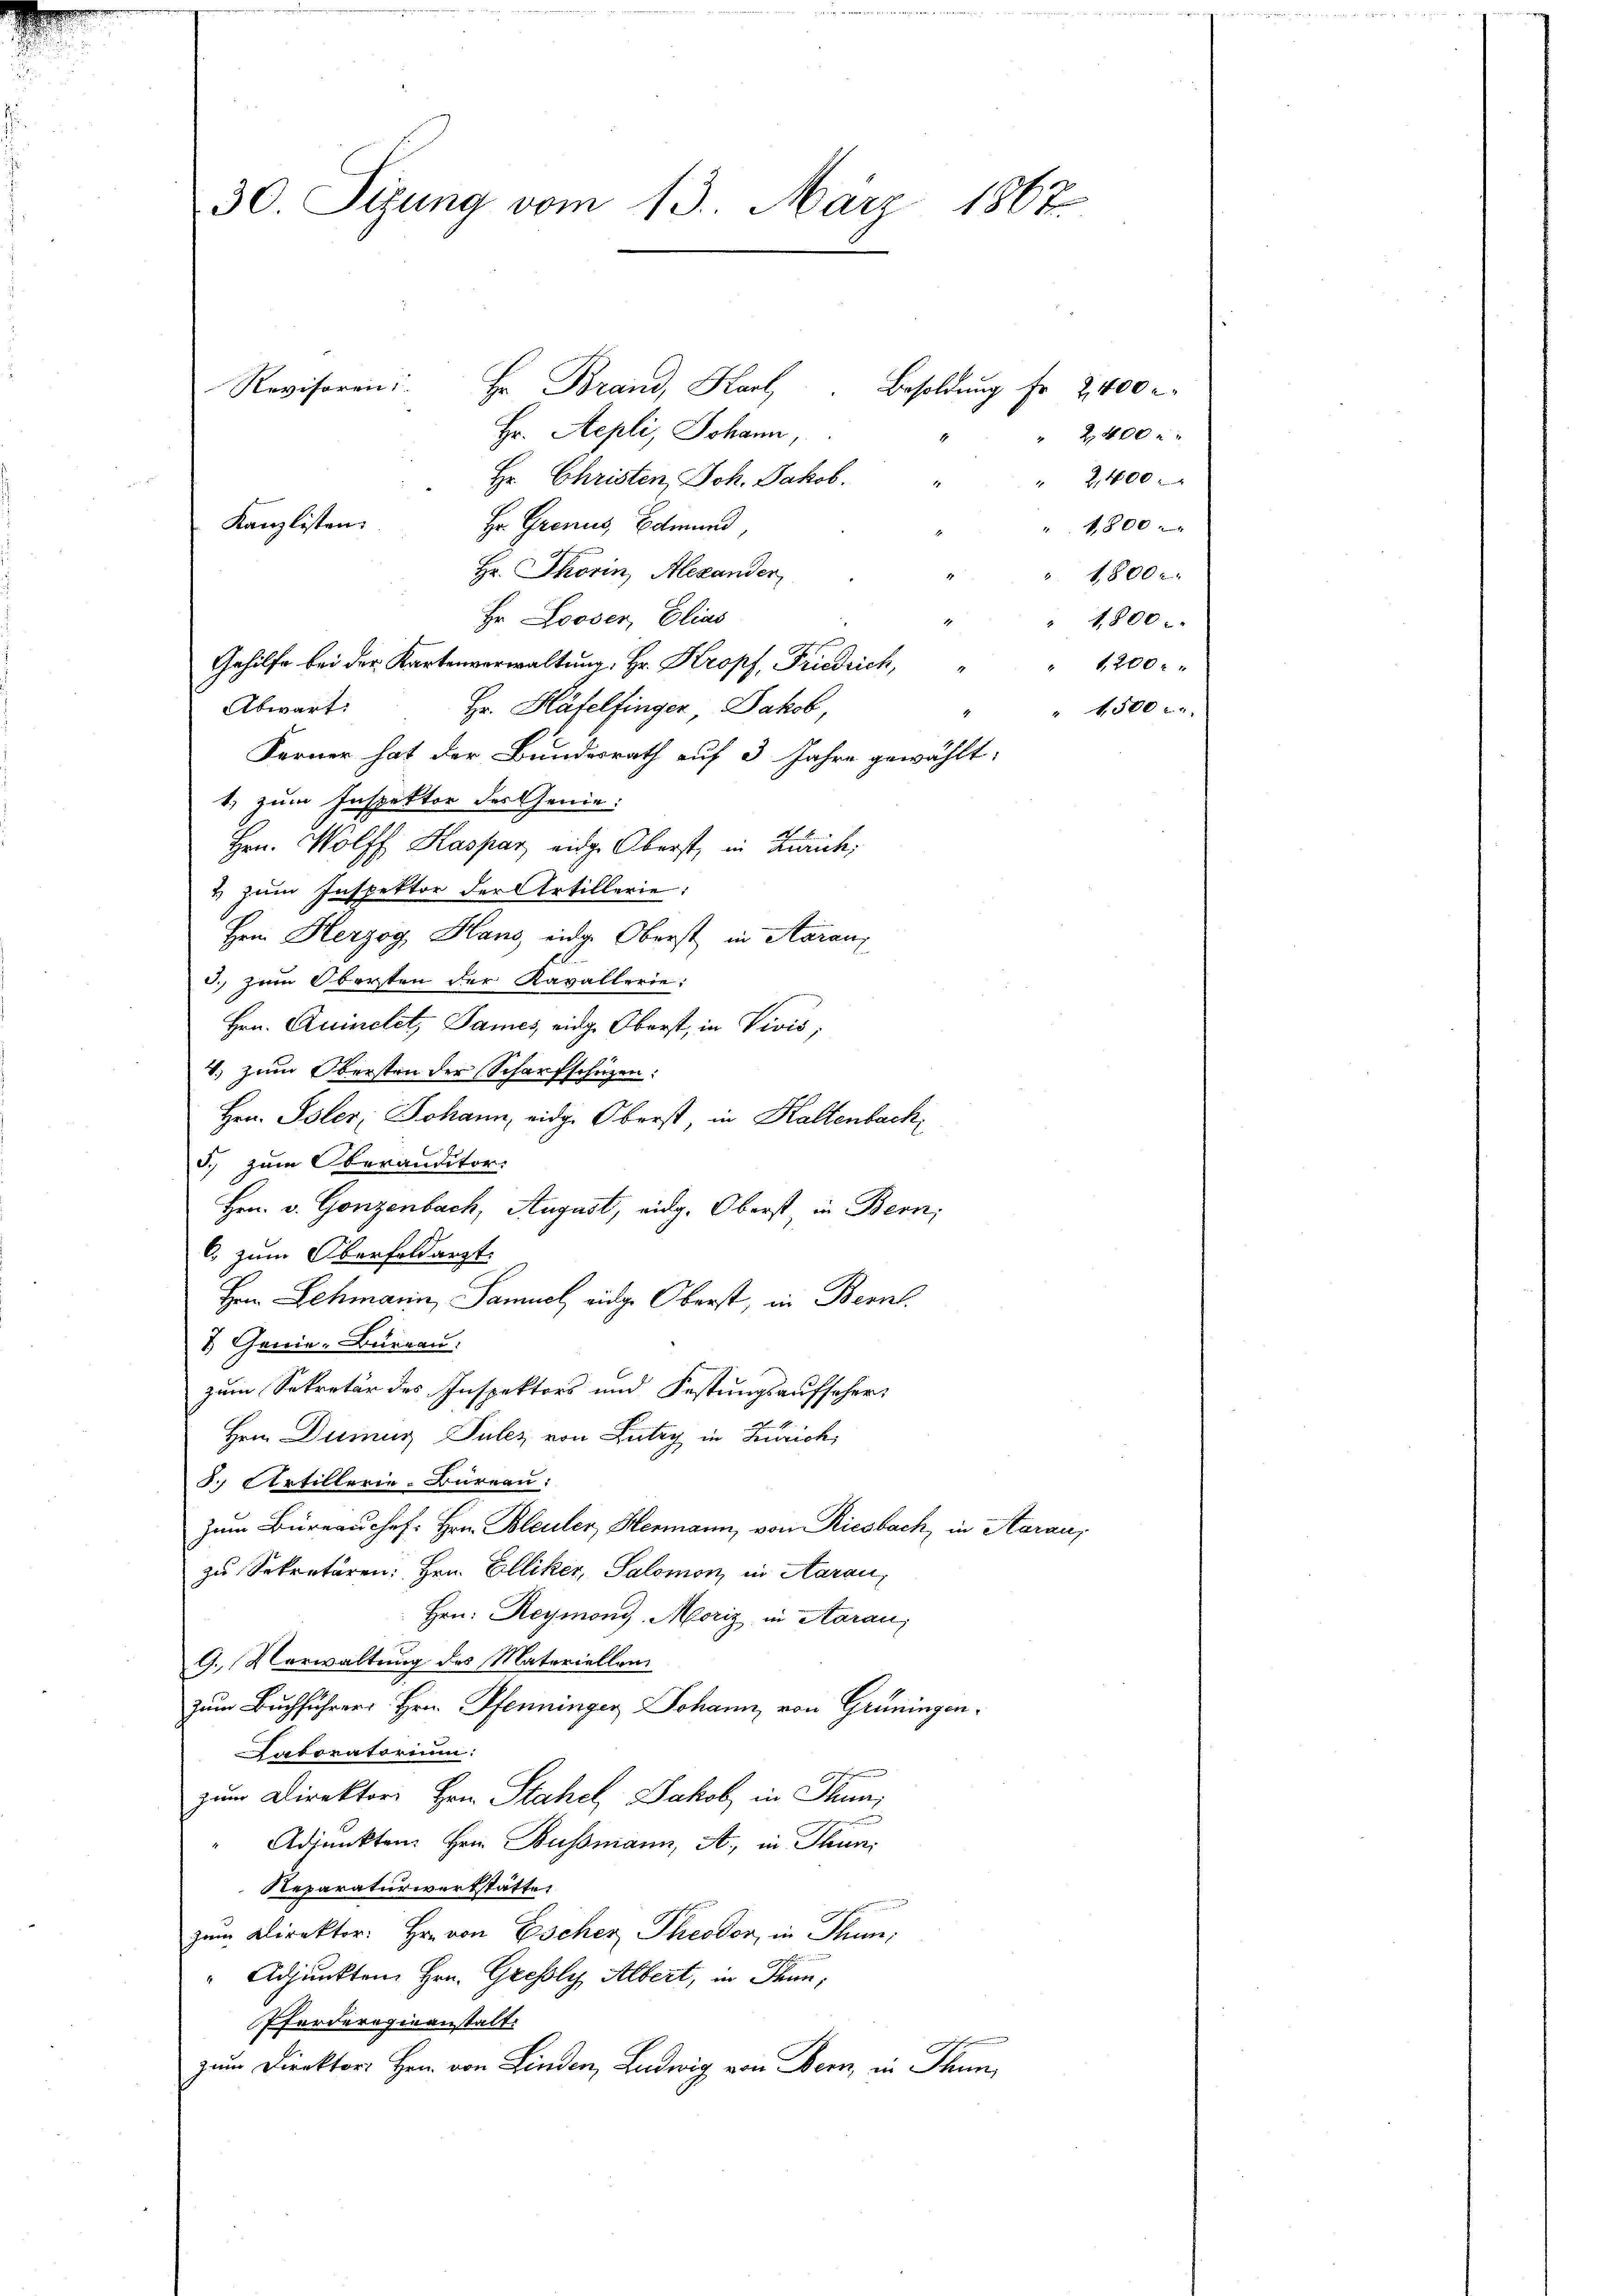
30. Sigung vom 13. März 1867.

Hr. Brand, Karl
Revisoren
Hr. Sepli, Johann,
2,400
Hr. Christen Joh. Jakob.
 2,400 x
Hr. Grenus, Edmund,
Kanzlisten.
1,800
Hr. Thorin, Alexander
18000
Hr Looser, Elias
" 1,800.
Gehilfe bei der Kartenverwaltung, Hr. Kropf, Friedrich,
" 1200 r
Abwart:
Hr. Häfelfinger, Jakob,
 4500
Ferner hat der Bundesrath auf 3 Jahre gewählt:
1. zum Inspektor der Genie:
Hrn. Wolff Kaspar eidge Oberst, in Zürich,
& zum Inspektor der Artillerie:
Hrn. Herzog Hans eidg. Oberst in Aaraus
3.) Zum Obersten der Kavallerie:
Hrn. Quinclet, James, einge Oberst, in Vivis,
1.) Zum Obersten der Scharfschüzen:
Hrn. Isler, Johann, eidge Oberst, in Kaltenbach,
5. zum Oberanditor
Hrn. v. Gonzenbach, August, eidg. Oberst in Bern,
C. zum Oberfoldarzt.
Hern Lehmarin, Samuel, eidge Oberst, in Bern
3 Genie-Bureau.
zum Sekretär des Inspektors und Festungsaufseher:
Hrn. Dumus Pulez von Lutry in Zürich,
3 Artillerie-Bureau:
Zum Büreau chef. Hrn. Bleuler, Hermann, von Riesbach, in Saran,
zu Sekretären: Hrn. Elliker, Salomon in Aarau,
Hrn. Reymoni, Moriz in Aarau,
9. Verwaltung des Materiellen
zum Buchführer Hrn. Pfenninger Johann von Grüningen.
Laboratorium:
zum Direktors Hrn. Stahel, Jakob in Thun,
Adjunkten Hrn. Bussmann, A. in Thun
Reparaturwerkstätte
zum Direktor. Hr. von Escher Theodor, in Thun,
" Adjunkten Hrn. Grefslys Albert, in Thun,
Pferderogieanstalt.
zum Direktors Hrn. von Linden, Ludwig von Bern, in Thun,

Besoldung fr. 2400 l.